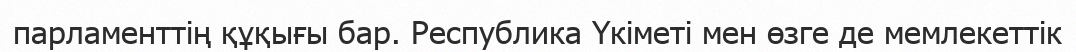
парламенттің құқығы бар. Республика Үкіметі мен өзге де мемлекеттік